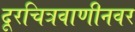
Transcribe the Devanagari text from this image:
दूरचित्रवाणीनवर